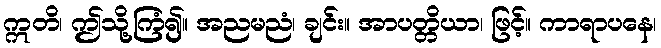
ဣတိ၊ ဤသို့ကြံ၍။ အညမညံ၊ ချင်း။ အာပတ္တိယာ၊ ဖြင့်။ ကာရာပနေ၊